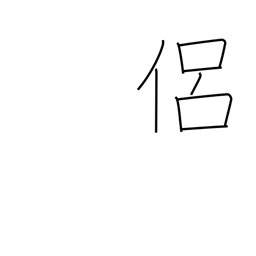
Meaning: follower